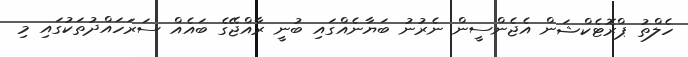
ހެލްތު ޕްރޮޓެކްޝަން އެޖެންސީން ނެރުނު ބަޔާނެއްގައި ބުނީ ރާއްޖޭގެ ބައެއް ސަރަހައްދުތަކުގައި މި